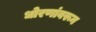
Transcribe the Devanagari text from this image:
धोरणांवरून